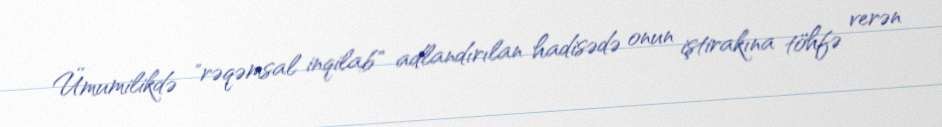
Ümumilikdə "rəqəmsal inqilab" adlandırılan hadisədə onun iştirakına töhfə verən